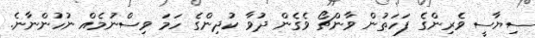
ސިޔާސީ ވެރިންގެ ފަހަތުން ވާންޗޯ ވެގެން ދުވާ ކުދިންގެ ހަމަ ވިސްނުމެއް ނުހުންނާނެ.